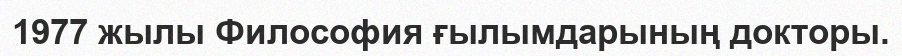
1977 жылы Философия ғылымдарының докторы.